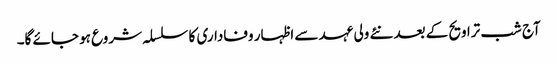
آج شب تراویح کے بعد نئے ولی عہد سے اظہار وفاداری کا سلسلہ شروع ہو جائے گا۔